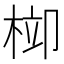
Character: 𣒂